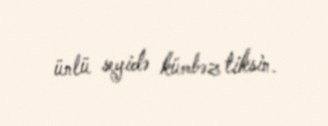
ünlü seyidə kümbəz tiksin.